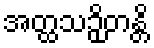
အတ္ထသဉှိတန္တိ